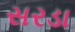
સરડા